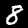
Digit: 8